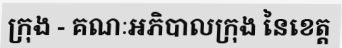
ក្រុង - គណៈអភិបាលក្រុង នៃខេត្ត